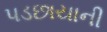
પડછાયાની